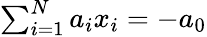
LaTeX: \textstyle\sum_{i=1}^{N}a_{i}x_{i}=-a_{0}